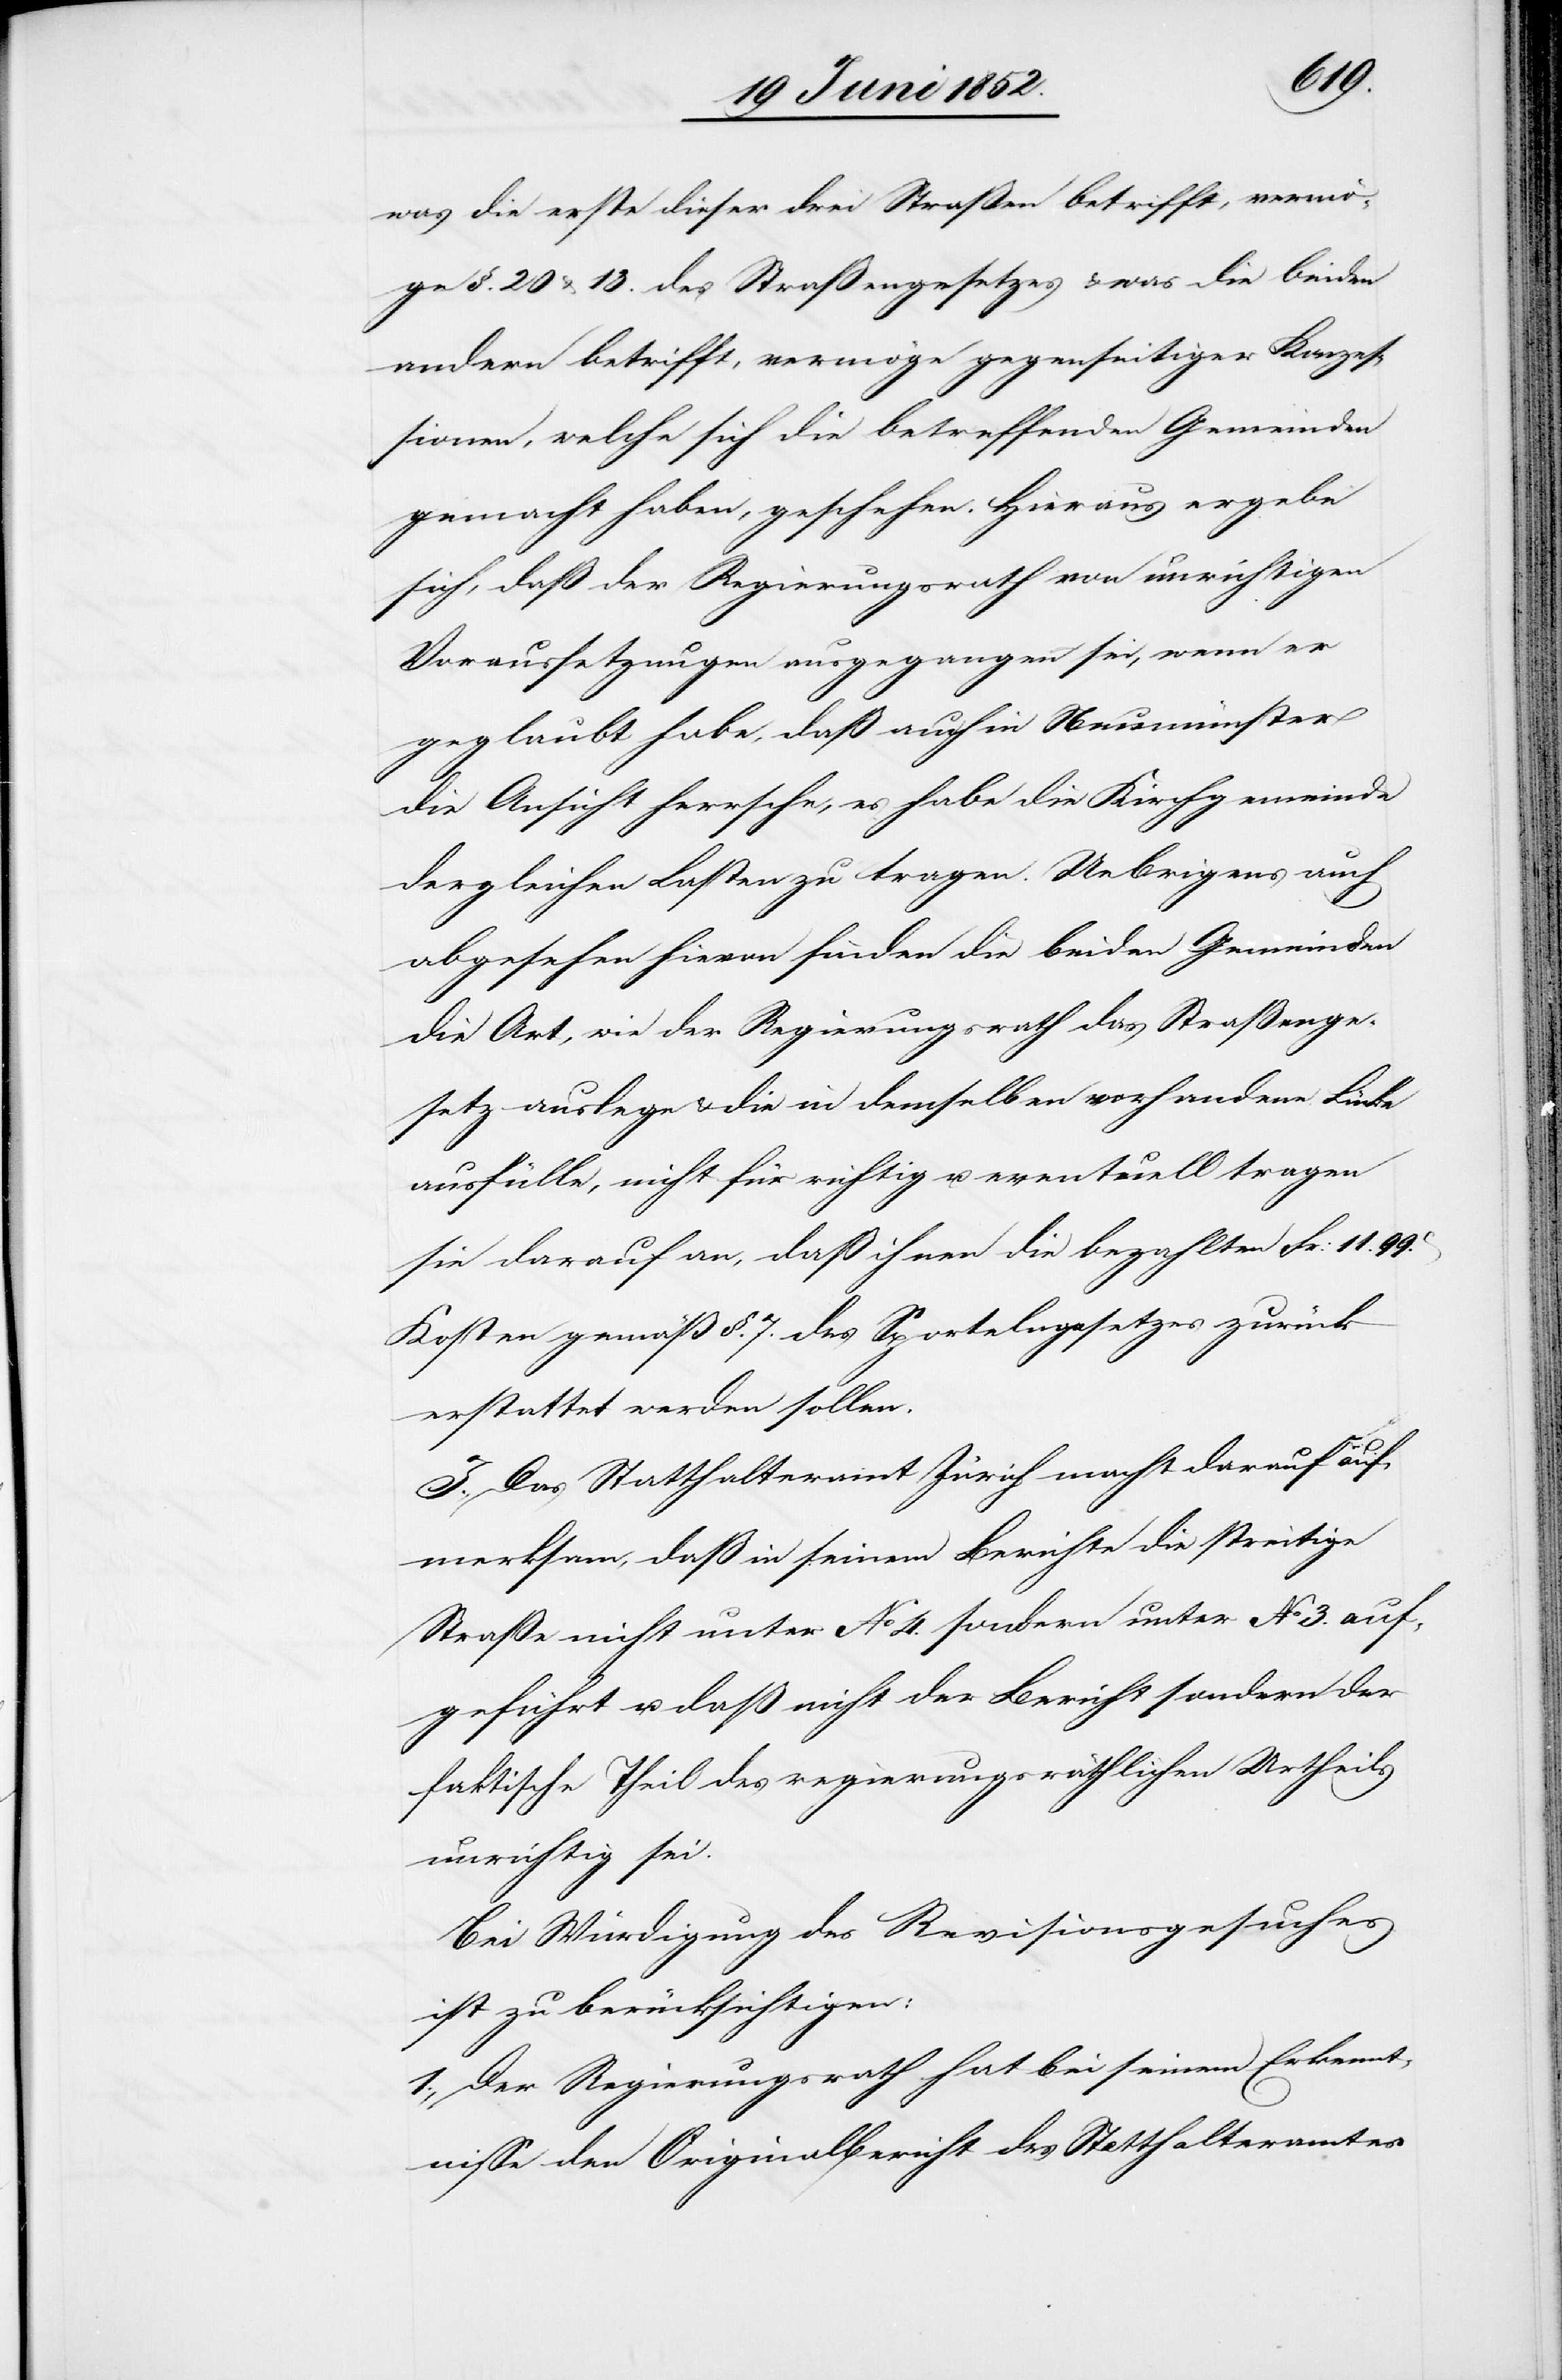
was die erste dieser drei Straßen betrifft, vermö¬
ge §. 20 & 13. des Straßengesetzes & was die beiden
andern betrifft, vermöge gegenseitiger Konzes¬
sionen, welche sich die betreffenden Gemeinden
gemacht haben, geschehen. Hieraus ergebe
sich, daß der Regierungsrath von unrichtigen
Voraussetzungen ausgegangen sei, wenn er
geglaubt habe, daß auch in Neumünster
die Ansicht herrsche, es habe die Kirchgemeinde
dergleichen Lasten zu tragen. Uebrigens auch
abgesehen hievon finden die beiden Gemeinden
die Art, wie der Regierungsrath das Straßenge¬
setz auslege & die in demselben vorhandene Lücke
ausfülle, nicht für richtig u. eventuell tragen
sie darauf an, daß ihnen die bezahlten Fr: 11.
Kosten gemäß §. 7. des Sportelngesetzes zurück
erstattet werden sollen.
I. Das Statthalteramt Zürich macht darauf auf¬
merksam, daß in seinem Berichte die streitige
Straße nicht unter No 4. sondern unter No 3. auf¬
geführt u. daß nicht der Bericht sondern der
faktische Theil des regierungsräthlichen Urtheils
unrichtig sei.
Bei Würdigung des Revisionsgesuches
ist zu berücksichtigen:
1., Der Regierungsrath hat bei seinem Erkennt¬
nisse den Originalbericht des Statthalteramtes